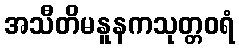
အသီတိမနူနကသုတ္တဝရံ